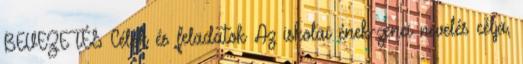
BEVEZETÉS Célok és feladatok Az iskolai ének-zenei nevelés célja,